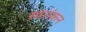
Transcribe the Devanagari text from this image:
स्वरांकन